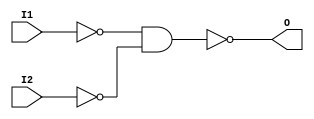
module or_gate(I1,I2,O);
	input I1,I2;
	output O;
        wire W1,W2;
	nand(W1,I1,I1);
        nand(W2,I2,I2);
        nand(W2,I2,I2);
	nand(O,W1,W2);
endmodule

module not_gate(I,O);
	input I;
	output O;
	nand(O,I,I);
endmodule

module and_gate(I1,I2,O);
	input I1,I2;
	output O;
        wire W;
	nand(W,I1,I2);
        nand(O,W,W);
endmodule

module mux(O,S,I1,I2);
	  input S,I1,I2;
	  output O;
	  wire x,y,z;
	  and_gate and1(S,I2,x);
	  not_gate or1(S,y);
	  and_gate a3(y,I1,z);
	  or_gate a4(x,z,O);
endmodule

module mux2_16(out,s,in1,in2);
	input s;
	input [15:0]in1,in2;
	output [15:0]out;
	wire x;
	wire [15:0] y,z;
	genvar i;
	nand(x,s,s);
	for(i=0;i<16;i=i+1)
		begin
		nand(y[i],in1[i],x);
		nand(z[i],s,in2[i]);
		nand(out[i],z[i],y[i]);
		end
endmodule
module mux4_16(out,s1,s2,in1,in2,in3,in4);
	input s1,s2;
	input [15:0]in1,in2,in3,in4;
	output [15:0]out;
	wire [15:0]x,y;
	mux2_16 m21(x,s1,in1,in2);
	mux2_16 m22(y,s1,in3,in4);
	mux2_16 m23(out,s2,x,y);
endmodule

module mux8_16(out,s1,s2,s3,in1,in2,in3,in4,in5,in6,in7,in8);
	input s1,s2,s3;
	input [15:0]in1,in2,in3,in4,in5,in6,in7,in8;
	output [15:0]out;
	wire [15:0]x,y;
	mux4_16 m31(x,s1,s2,in1,in2,in3,in4);
	mux4_16 m32(y,s1,s2,in5,in6,in7,in8);
	mux2_16 m33(out,s3,x,y);
endmodule
module demux(O1,O2,S,I);
	output O1,O2;
	input S,I;
	wire x;
	not_gate n1(S,x);
	and_gate and1(x,I,O1);
	and_gate and2(S,I,O2);
endmodule



module demux_4(S1,S2,I,O1,O2,O3,O4);
	input S1,S2,I;
	output O1,O2,O3,O4;
	wire x,y,a,b,c,d;
	not_gate not1(S1,x);
	not_gate not2(S2,y);
	and_gate and1(x,y,a);
	and_gate and2(y,S1,b);
	and_gate and3(S2,x,c);
	and_gate and4(S1,S2,d);
	and_gate and5(a,I,O1);
	and_gate and6(b,I,O2);
	and_gate and7(c,I,O3);
	and_gate and8(d,I,O4);
endmodule
module demux_8(O1,O2,O3,O4,O5,O6,O7,O8,S1,S2,S3,I);
	output O1,O2,O3,O4,O5,O6,O7,O8;
	input I,S1,S2,S3;
	wire x,y;
	demux dm1(x,y,S3,I);
	demux_4 dm2(S1,S2,x,O1,O2,O3,O4);
	demux_4 dm3(S1,S2,y,O5,O6,O7,O8);
endmodule


module srlatch(q,q1,s,r,clk);
	output q,q1;
	input s,r,clk;
	wire x,y;
	nand(x,s,clk);
	nand(y,r,clk);
	nand(q,q1,x);
	nand(q1,q,y);
endmodule

module D_latch(q,q1,s,clk);
	output q,q1;
	input s,clk;
	wire x,y,z;
	nand (x,s,s);
	srlatch o1(q,q1,s,x,clk);
endmodule

module BIN_CELL(o,r,w,cs,d,clk);
	output o;
	input r,w,cs,d,clk;
	wire wcs,m_o,q,q1,rcs;
	and_gate a1 (cs,w,wcs);
	mux m34(m_o,wcs,q,d);
	D_latch o3(q,q1,m_o,clk);
	and_gate wee (cs,r,rcs);
	mux m43(o,rcs,1'bx,q);
endmodule

module REG_16(o,d,r,w,cs,clk);
	input r,w,cs,clk;
	input [15:0]d;
	output [15:0]o;
	
	BIN_CELL bc[15:0](o,r,w,cs,d,clk);
endmodule

module RAM8(o,D,r,w,clk,addr);
	output [15:0]o;
	input r,w,clk;
	input [15:0]D;
	input [2:0]addr;
	wire [7:0]cs;
	wire [15:0]o1,o2,o3,o4,o5,o6,o7,o8;
	demux_8 d8(cs[0],cs[1],cs[2],cs[3],cs[4],cs[5],cs[6],cs[7],addr[0],addr[1],addr[2],1'b1);
	
	REG_16 re1(o1,D,r,w,cs[0],clk);
	REG_16 re2(o2,D,r,w,cs[1],clk);
	REG_16 re3(o3,D,r,w,cs[2],clk);
	REG_16 re4(o4,D,r,w,cs[3],clk);
	REG_16 re5(o5,D,r,w,cs[4],clk);
	REG_16 re6(o6,D,r,w,cs[5],clk);
	REG_16 re7(o7,D,r,w,cs[6],clk);
	REG_16 re8(o8,D,r,w,cs[7],clk);
	mux8_16 m86(o,addr[0],addr[1],addr[2],o1,o2,o3,o4,o5,o6,o7,o8);
endmodule